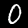
Digit: 0